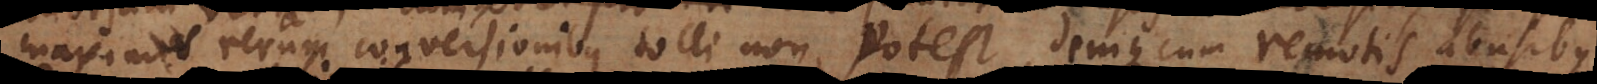
mis rerum conversionibus tolli non potest, denique cum remotis abusibus